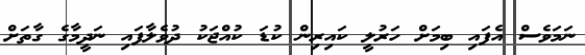
ނަމަވެސް އެފައި ބިމަށް ހަރުލީ ކައިރިން ކުޑަ ކުއްޖަކު ދުވެލާފައި ނަދީމާގެ ގާތަށް